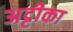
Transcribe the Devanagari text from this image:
अट्टीका